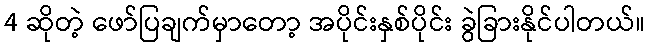
4 ဆိုတဲ့ ဖော်ပြချက်မှာတော့ အပိုင်းနှစ်ပိုင်း ခွဲခြားနိုင်ပါတယ်။